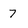
Character: 7